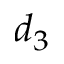
d _ { 3 }